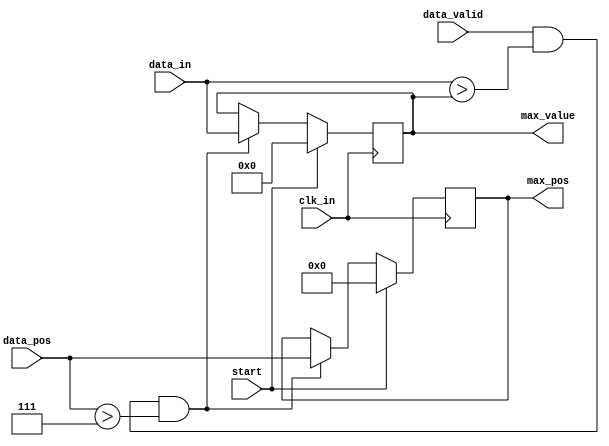
`timescale 1ns / 1ps

module max_finder(
input clk_in,
input start,
input data_valid,
input [9:0] data_in, //
input [8:0] data_pos, //-
output [8:0] max_pos, // 
output [9:0] max_value // 
);

reg [8:0] max_pos_reg = 'd0;
reg [9:0] max_value_reg = 'd0;

assign max_pos = max_pos_reg;
assign max_value = max_value_reg;

always @ (posedge clk_in)
begin
	if (start == 'd1)
	begin
		max_pos_reg <= 'd0;
		max_value_reg <= 'd0;
	end
	else if ((data_valid == 'd1) && (data_in > max_value) && (data_pos > 'd7))
	begin
		max_value_reg <= data_in;// 
		max_pos_reg <= data_pos;// 
	end
		
end


endmodule